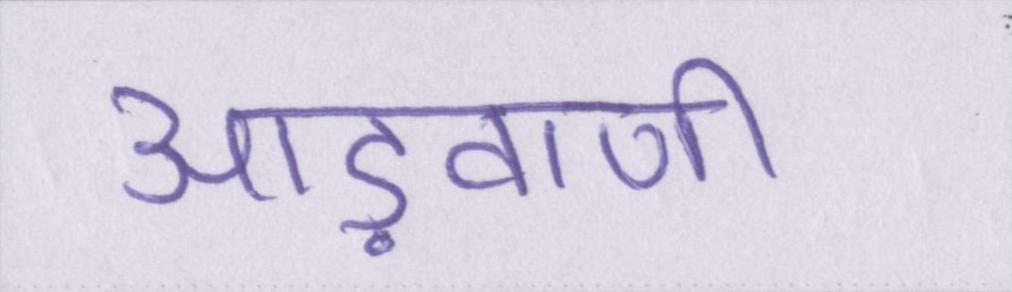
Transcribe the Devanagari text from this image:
आड़वाणी